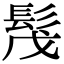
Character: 𩬕